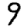
Digit: 9